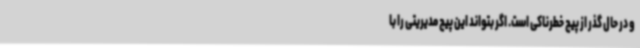
و در حال گذر از پیچ خطرناکی است. اگر بتواند این پیچ مدیریتی را با